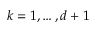
k = 1 , \ldots , d + 1